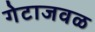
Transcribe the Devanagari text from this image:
गेटाजवळ